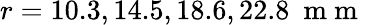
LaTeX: r=10.3,14.5,18.6,22.8\ \mathrm{~m~m~}